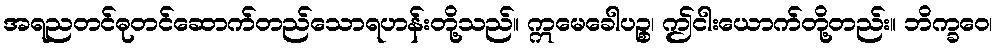
အရညတင်ဓုတင်ဆောက်တည်သောရဟန်းတို့သည်။ ဣမေခေါပဉ္စ၊ ဤငါးယောက်တို့တည်း။ ဘိက္ခဝေ၊